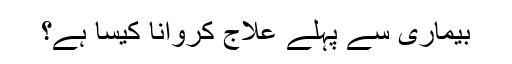
بیماری سے پہلے علاج کروانا کیسا ہے؟